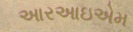
આરઆઇએમ